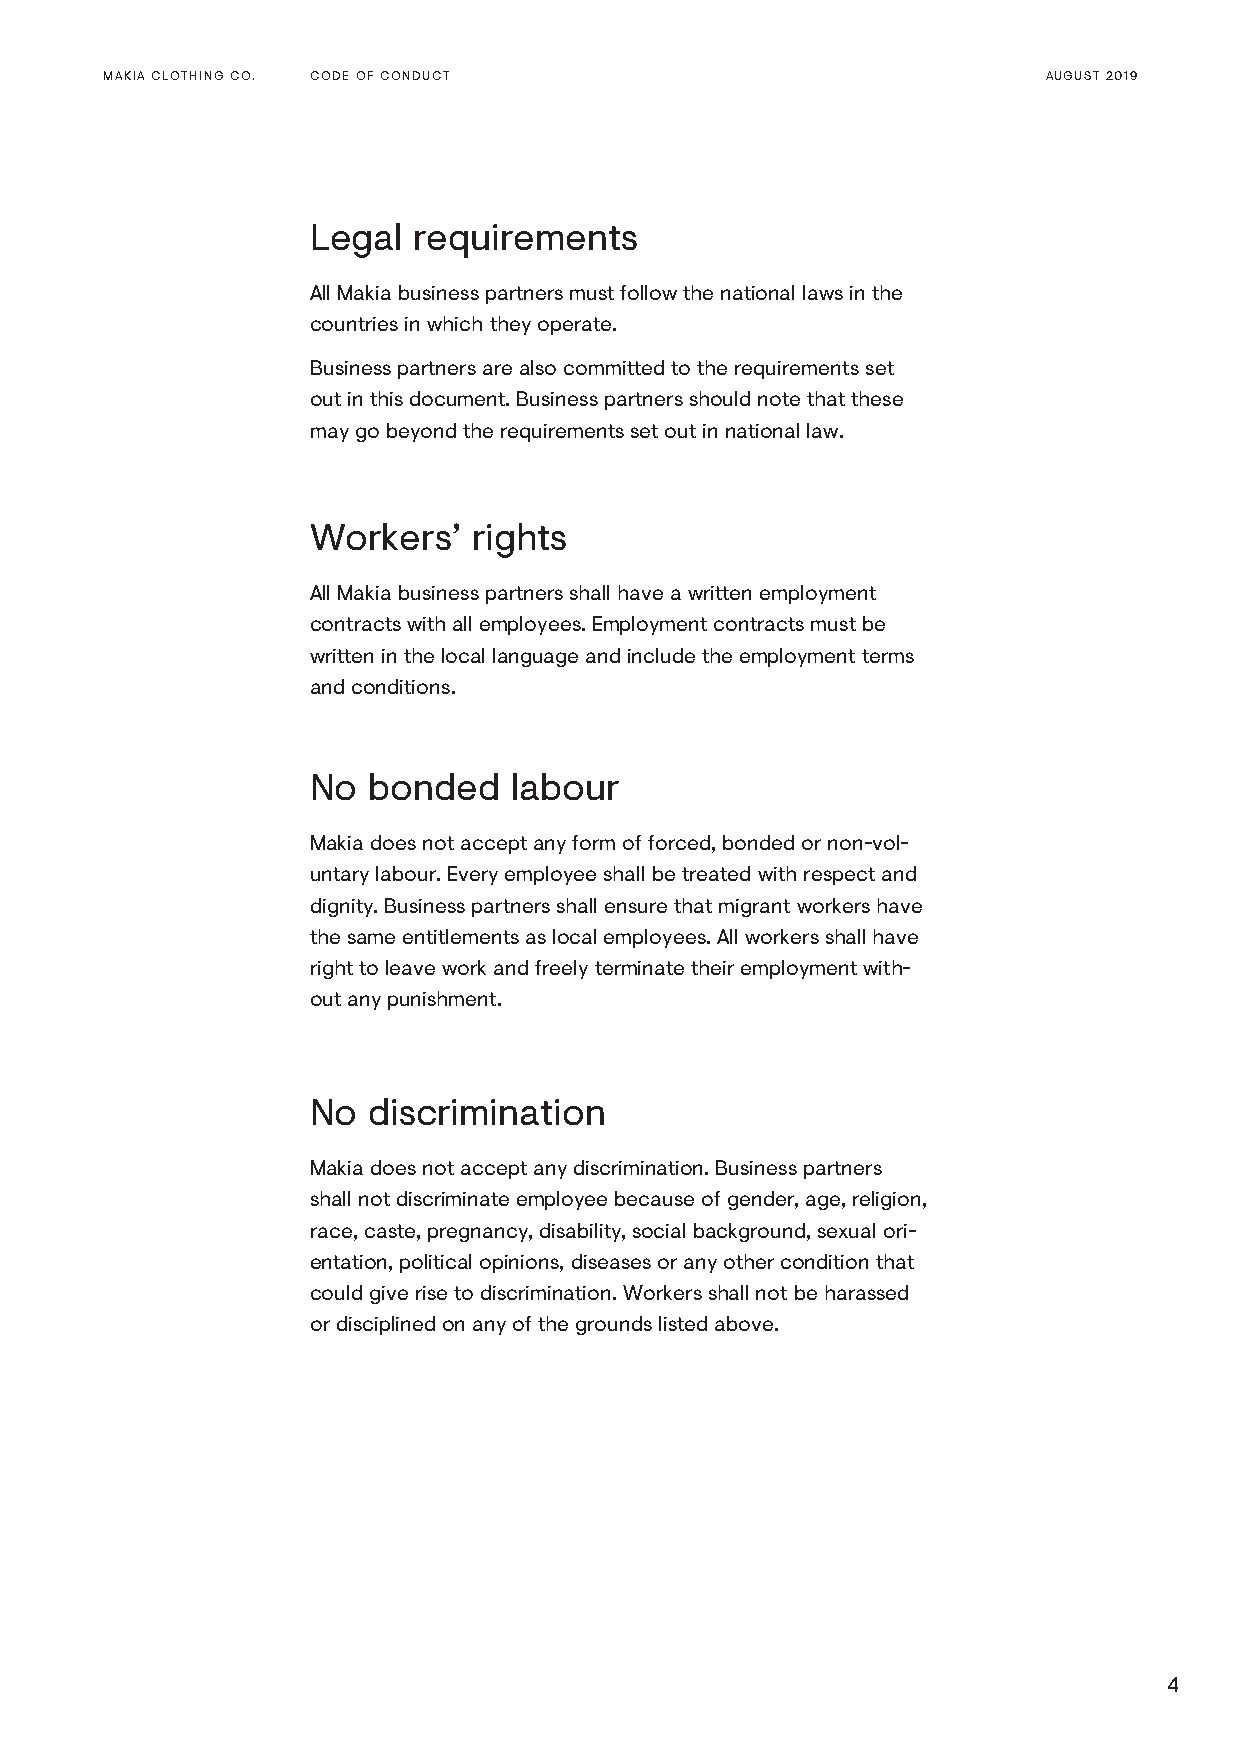
MAKIA CLOTHING CO. CODE OF CONDUCT                            AUGUST 2019
 Legal requirements
 All Makia business partners must follow the national laws in the
 countries in which they operate.
 Business partners are also committed to the requirements set
 out in this document. Business partners should note that these
 may go beyond the requirements set out in national law.
 Workers’  rights
 All Makia business partners shall have a written employment
 contracts with all employees. Employment contracts must be
 written in the local language and include the employment terms
 and conditions.
 No bonded    labour
 Makia does not accept any form of forced, bonded or non-vol-
 untary labour. Every employee shall be treated with respect and
 dignity. Business partners shall ensure that migrant workers have
 the same entitlements as local employees. All workers shall have
 right to leave work and freely terminate their employment with-
 out any punishment.
 No discrimination
 Makia does not accept any discrimination. Business partners
 shall not discriminate employee because of gender, age, religion,
 race, caste, pregnancy, disability, social background, sexual ori-
 entation, political opinions, diseases or any other condition that
 could give rise to discrimination. Workers shall not be harassed
 or disciplined on any of the grounds listed above.
 4